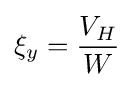
\xi _{y}={\frac {V_{H}}{W}}